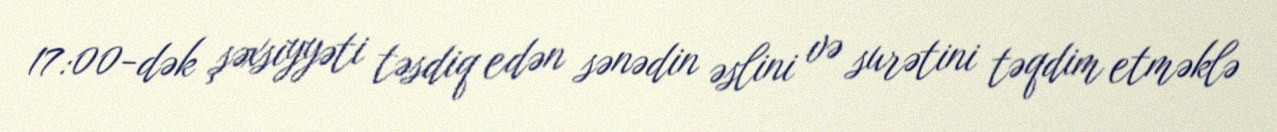
17:00-dək şəxsiyyəti təsdiq edən sənədin əslini və surətini təqdim etməklə